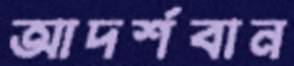
আদর্শবান